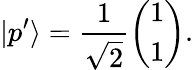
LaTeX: |p^{\prime}\rangle=\frac{1}{\sqrt{2}}\left(\begin{array}{l}{1}\\ {1}\end{array}\right).